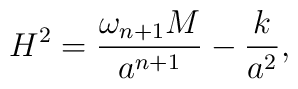
H^2={{\omega_{n+1}M}\over a^{n+1}}-{k\over a^2},